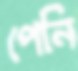
পেনি